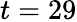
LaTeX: t=29